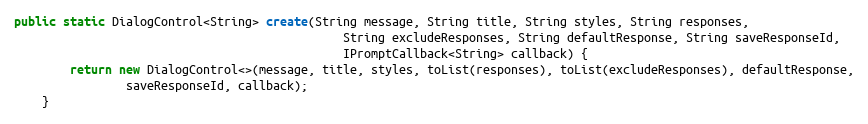
Language: Java
public static DialogControl<String> create(String message, String title, String styles, String responses,
                                               String excludeResponses, String defaultResponse, String saveResponseId,
                                               IPromptCallback<String> callback) {
        return new DialogControl<>(message, title, styles, toList(responses), toList(excludeResponses), defaultResponse,
                saveResponseId, callback);
    }